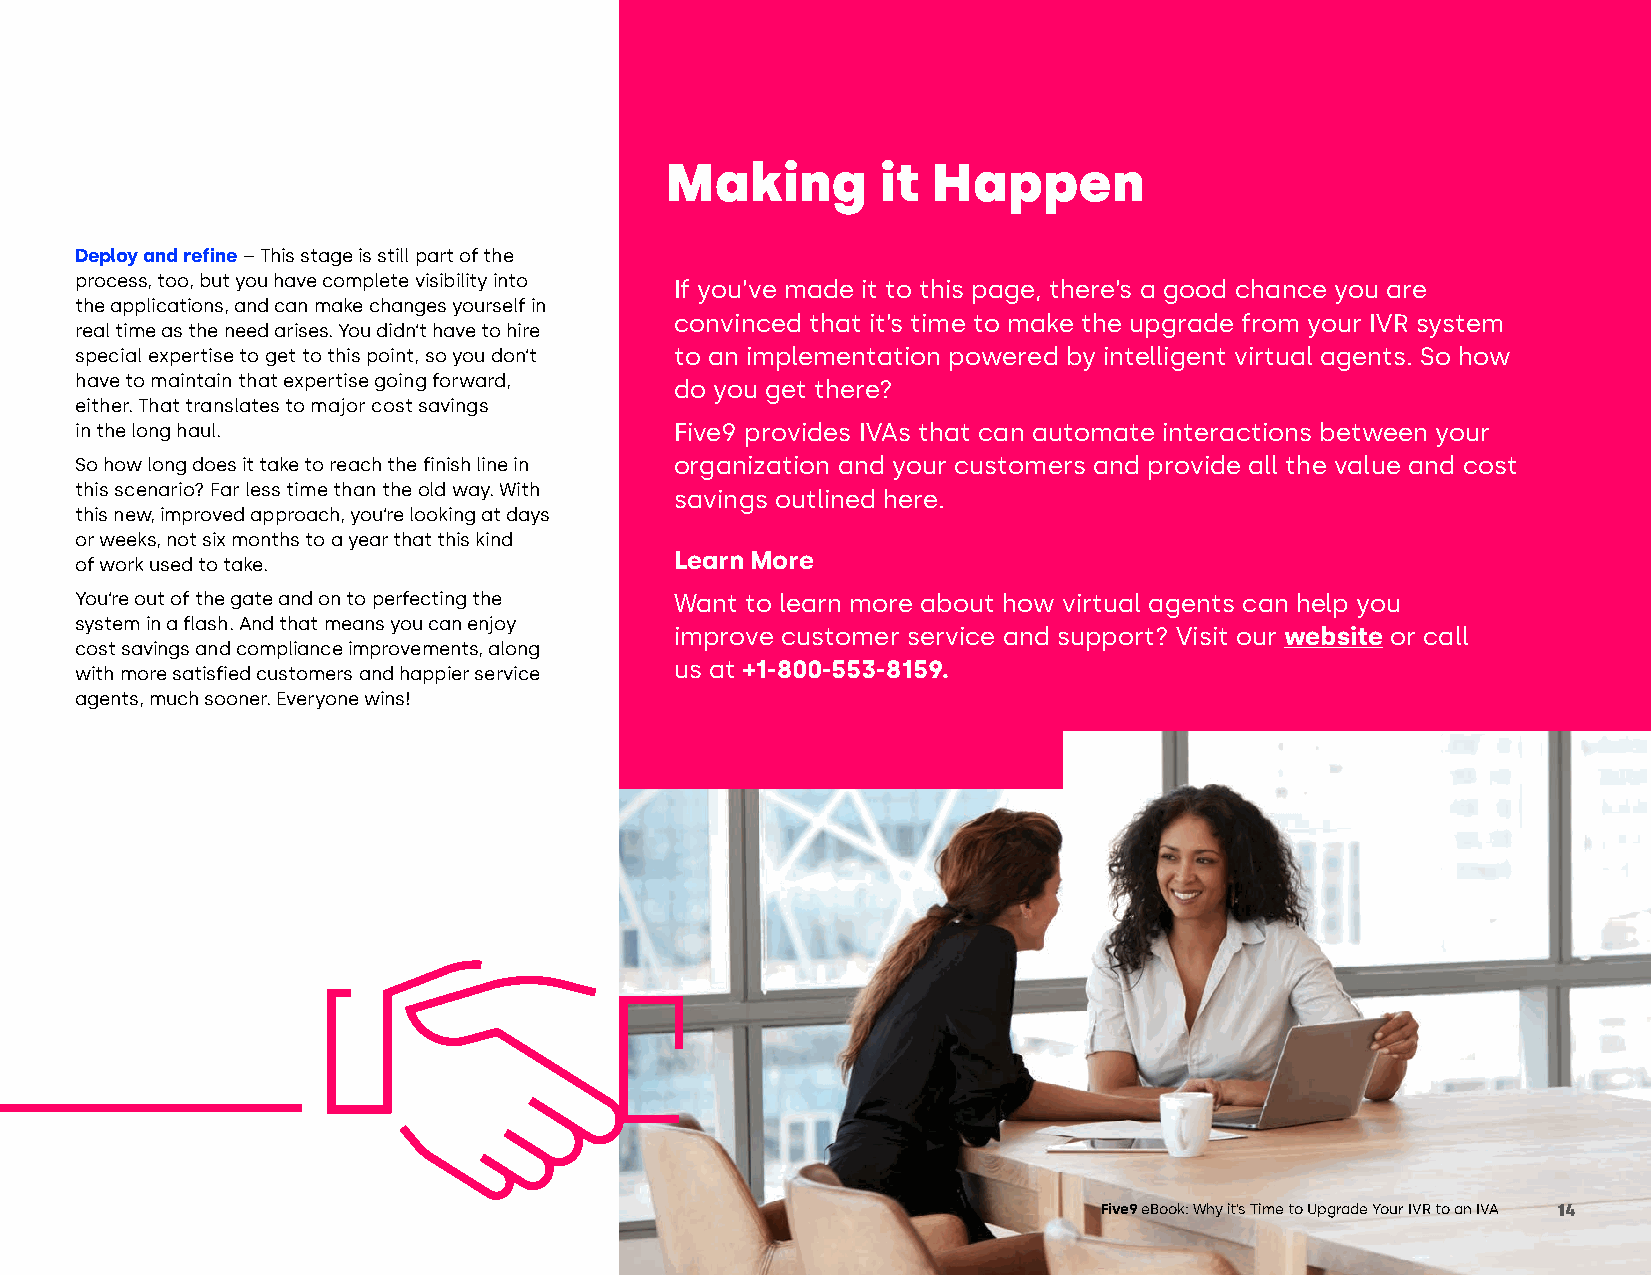
Making        it  Happen
 Deploy and refine – This stage is still part of the
 process, too, but you have complete visibility into
 If you’ve made it to this page, there’s a good chance you are
 the applications, and can make changes yourself in
 convinced that it’s time to make the upgrade from your IVR system
 real time as the need arises. You didn’t have to hire
 special expertise to get to this point, so you don’t to an implementation powered by intelligent virtual agents. So how
 have to maintain that expertise going forward,
 do you get there?
 either. That translates to major cost savings
 in the long haul.                       Five9 provides IVAs that can automate interactions between your
 So how long does it take to reach the finish line in organization and your customers and provide all the value and cost
 this scenario? Far less time than the old way. With
 savings outlined here.
 this new, improved approach, you’re looking at days
 or weeks, not six months to a year that this kind
 Learn More
 of work used to take.
 You’re out of the gate and on to perfecting the Want to learn more about how virtual agents can help you
 system in a flash. And that means you can enjoy
 improve customer service and support? Visit our website or call
 cost savings and compliance improvements, along
 us at +1-800-553-8159.
 with more satisfied customers and happier service
 agents, much sooner. Everyone wins!
 Five9 eBook: Why it’s Time to Upgrade Your IVR to an IVA 14